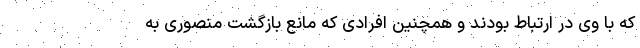
که با وی در ارتباط بودند و همچنین افرادی که مانع بازگشت منصوری به